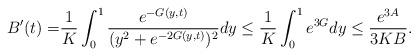
LaTeX: \begin{align*}B'(t)=& \frac{1}{K}\int_0^{1}\frac{e^{-G(y,t)}}{(y^2+e^{-2G(y,t)})^2}dy\leq \frac{1}{K}\int_0^{1}e^{3G}dy\leq\frac{e^{3A}}{3KB}.\end{align*}